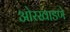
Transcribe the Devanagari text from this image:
ओरखाडणे